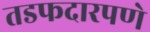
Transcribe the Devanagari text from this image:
तडफदारपणे